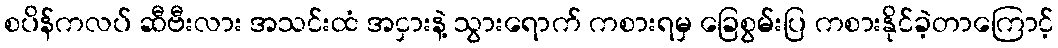
စပိန်ကလပ် ဆီဗီးလား အသင်းထံ အငှားနဲ့ သွားရောက် ကစားရမှ ခြေစွမ်းပြ ကစားနိုင်ခဲ့တာကြောင့်